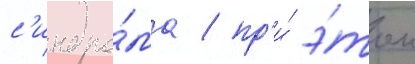
с'индро́ма / пр'и́ э́том